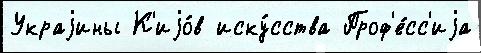
Украjины К'иjо́в иску́сства Проф'е́сс'иjа